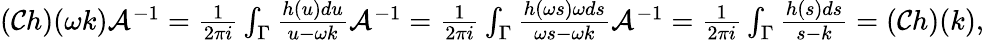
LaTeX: \begin{array}{r}{(\mathcal{C}h)(\omega k)\mathcal{A}^{-1}=\frac{1}{2\pi i}\int_{\Gamma}\frac{h(u)du}{u-\omega k}\mathcal{A}^{-1}=\frac{1}{2\pi i}\int_{\Gamma}\frac{h(\omega s)\omega ds}{\omega s-\omega k}\mathcal{A}^{-1}=\frac{1}{2\pi i}\int_{\Gamma}\frac{h(s)ds}{s-k}=(\mathcal{C}h)(k),}\end{array}